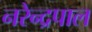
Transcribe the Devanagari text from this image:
नरेन्द्रपाल